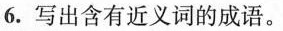
6.写出含有近义词的成语。